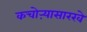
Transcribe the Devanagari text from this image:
कचोऱ्यासारखे